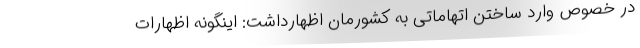
در خصوص وارد ساختن اتهاماتی به کشورمان اظهارداشت: اینگونه اظهارات